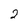
Character: 2